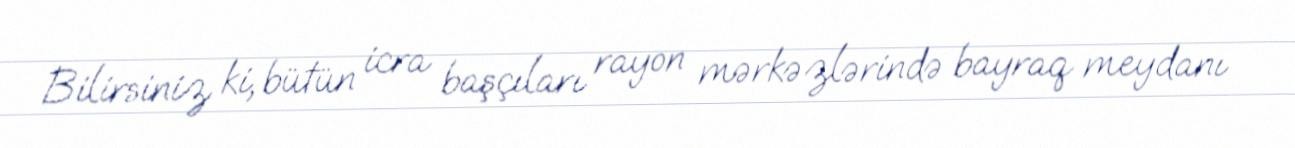
Bilirsiniz ki, bütün icra başçıları rayon mərkəzlərində bayraq meydanı